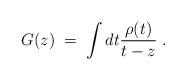
LaTeX: \begin{align*}G(z) \; = \; \int dt\frac{\rho(t)}{t-z} \; .\end{align*}